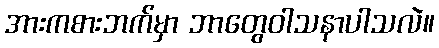
အားကစားဘက်မှာ ဘာတွေဝါသနာပါသလဲ။